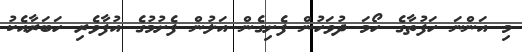
މި އަންނަ ހަފުތާގެ ހޯމަ ދުވަހުން ފެށިގެން އަލުން ފެށުމުގެ އުފާވެރި ހަބަރާއެކު